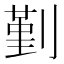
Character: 𠞱